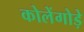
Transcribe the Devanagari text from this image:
कोलेंगोड़े